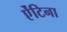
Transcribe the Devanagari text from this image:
ऐंटिना